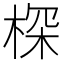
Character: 棎